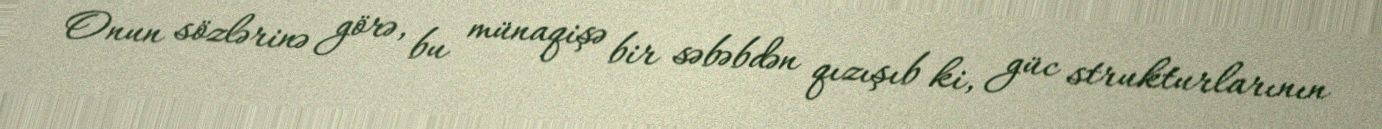
Onun sözlərinə görə, bu münaqişə bir səbəbdən qızışıb ki, güc strukturlarının